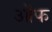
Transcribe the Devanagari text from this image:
ऒफ